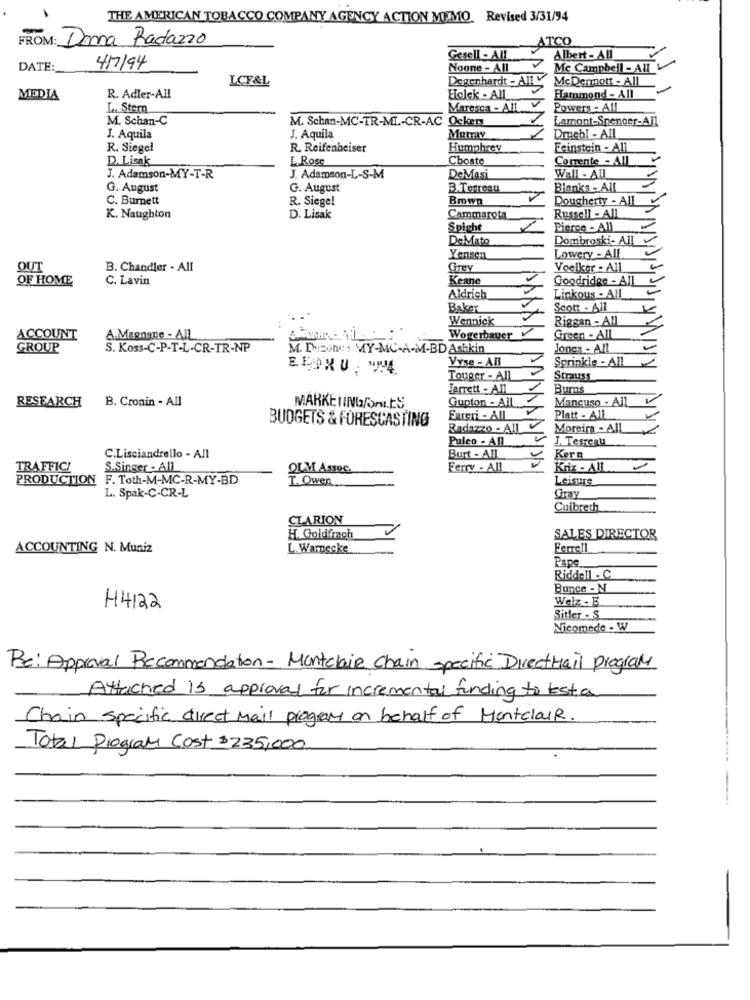
THE AMERICAN TOBACCO COMPANY AGENCY ACTION MEMO. Revised 3/31/94
FROM: Donna Radazzo
ATCO
Gesell - All
Albert- All
DATE:
4/7/94
Noone - All
Mc Campbell - All
LCF&L
Degenhardt - All
McDermott - All
Hammond - All
MEDIA
R. Adler-All
Holek - All
L. Stern
Maresca - All
Powers - All
M. Schan-C
M. Schan-MC-TR-ML-CR-AC Ockers
Lamont-Spencer-All
J. Aquila
J. Aquila
Dmebl - All
R. Siegel
R. Reifenheiser
Humphrey
Feinstein - All
D. Lisak
L. Rose
Choate
Comente - All
Wall - All
J. Adamson-MY-T-R
J. Adamson-L-S-M
DeMasi
G. August
G. August
B.Tesreau
Blanks - All
C. Burnett
R. Siege!
Brown
Dougherty - All
K. Naughton
D. Lisak
Cammarota
Russell - All
Spight
Pierce - All
DeMato
Dombroski- All
Yensen
Lowery - All
OUT
B. Chandler - All
Grey
Voelker - All
OF HOME
C. Lavin
Keane
Goodridge - All
Aldrich
Linkous - All
Baker
Scott - All
Wennick
Riggan - All
ACCOUNT
A.Magngne - AIL
Wogerbauer
Green - All
GROUP
S. Koss-C-P-T-L-CR-TR-NP
M. Duzohn: MY-MC-A-M-BD Ashkin
Jones - All
Vyse - An
Sprinkle - All
EEDRU : "MA
Touger - AIL
Strauss
Jarrett - All
Burns
RESEARCH
B. Cronin - All
Gupton - All
Mancuso - All
MARKETINGfonLES
BUDGETS & FORESCASTING
Eareri - All
Platt - All
Radiszzo - All
Moreira - All
Puleo - All
J. Terreau
C.Lisciandrello - All
Burt - All
Kern
TRAFFICI
S.Singer - All
OLM ASSOC.
Ferry - All
Kriz - All
PRODUCTION F. Toth-M-MC-R-MY-BD
T. Owen
Leisure
L. Spak-C-CR-L
Gray
Cuibreth
CLARION
H. Goldfrach
SALES DIRECTOR
ACCOUNTING N. Muniz
L.Warnecke
Ferrell
Pape
Riddell . C
Bunce - N
Welz - E
H4122
Sitler - S.
Nicomede - W
Re: Approval Recommendation- Montclair Chain specific Directhail Program
Attached is approval for incremental funding to testa
Chain specific direct Mail program on behalf of Montclair.
Total Program Cost $235,000